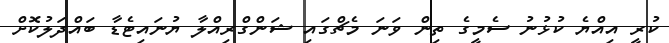
ކުރީ އިއްޔެ ކުޅުނު ސެމީގެ ތިން ވަނަ މެޗްގައި ޝަންގްރިއްލާ ޔުނައިޓެޑާ ބައްދަލުކޮށް